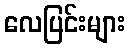
လေပြင်းများ